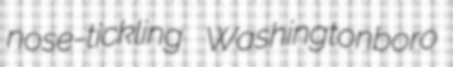
nose-tickling Washingtonboro